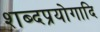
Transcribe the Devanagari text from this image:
शब्दप्रयोगादि